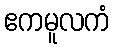
ဧကမူလကံ